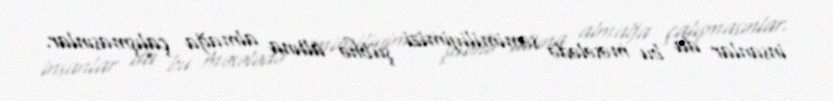
insanlar da bu məsələdə səmimiliyimizi şübhə altına almağa çalışmasınlar.